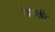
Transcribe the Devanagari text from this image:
पिन्की